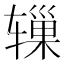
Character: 𬨓